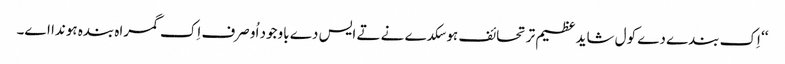
‘‘ اِک بندے دے کول شاید عظیم تر تحائف ہو سکدے نے تے ایس دے باوجود اُو صرف اِک گمراہ بندہ ہوندا اے۔